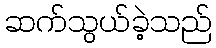
ဆက်သွယ်ခဲ့သည်